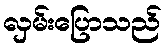
လှမ်းပြောသည်